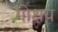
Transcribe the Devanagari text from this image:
गोक्षय